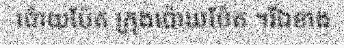
ប៉ោយប៉ែត ក្រុងប៉ោយប៉ែត ។រីឯខាង